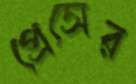
প্রেসের